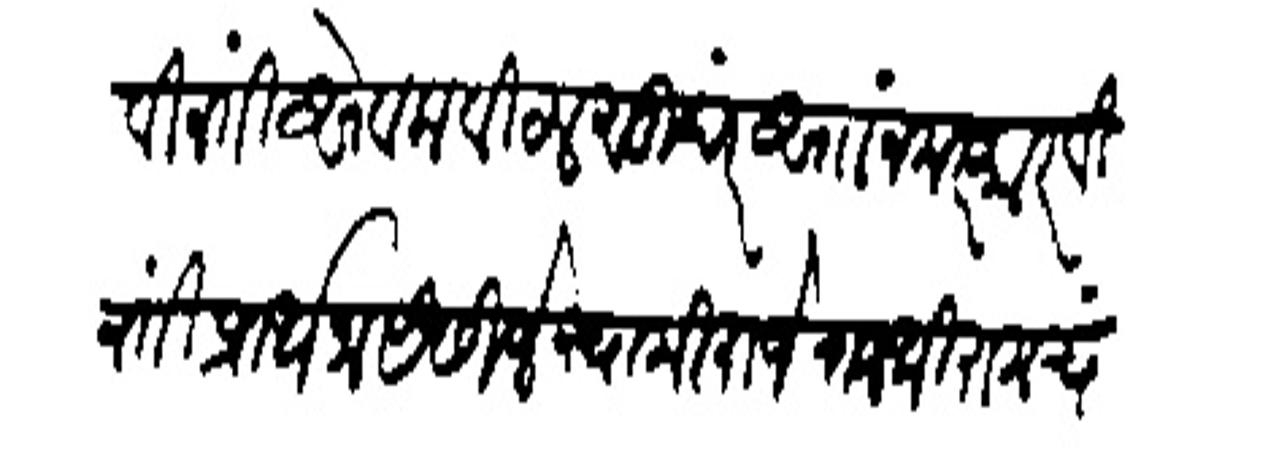
Transliteration (Devanagari): विनंती सेवक विठल सुंदर सा नमस्कार विनंती प्रार्थना येसीजे स्वामी राजे राजश्री रामचंद्र